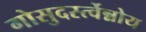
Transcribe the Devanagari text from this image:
गोसुदर्स्त्वेन्नोय